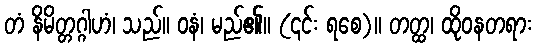
တံ နိမိတ္တဂ္ဂါဟံ၊ သည်။ ဝနံ၊ မည်၏။ (၎င်း ရစေ)။ တတ္ထ၊ ထိုဝနတရား